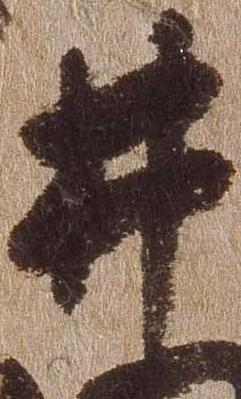
井